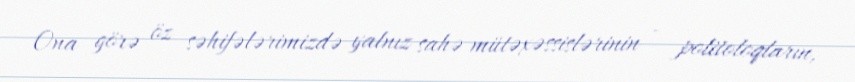
Ona görə öz səhifələrimizdə yalnız sahə mütəxəssislərinin - politoloqların,